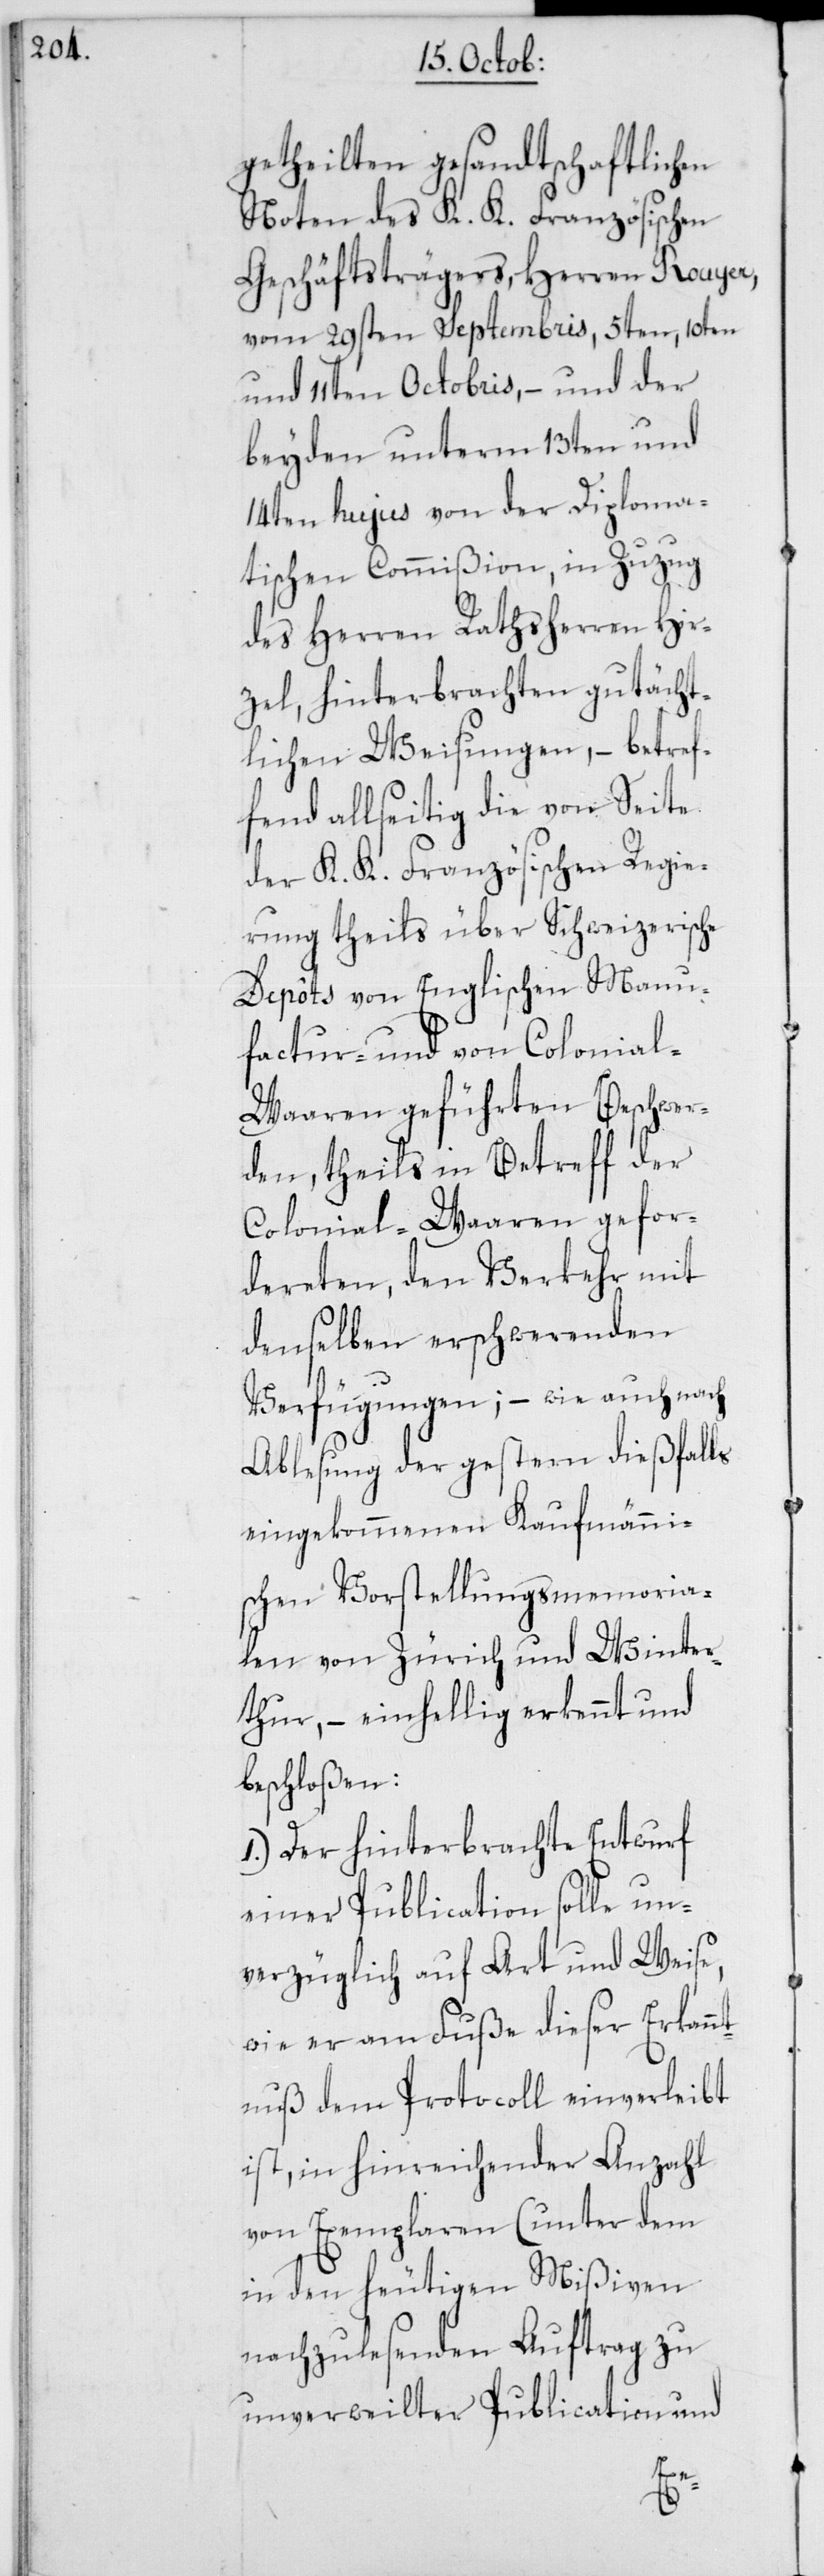
getheilten gesandtschaftlichen
Noten des K. K. Französischen
Geschäftsträgers, Herren Rouyer,
vom 29sten Septembris, 5ten, 10ten
und 11ten Octobris, – und der
beyden unterm 13ten und
14ten hujus von der Diploma¬
tischen Commißion, in Zuzug
des Herren Rathsherren Hir¬
zel, hinterbrachten gutächt¬
lichen Weisungen, – betref¬
fend allseitig die von Seite
der K. K. Französischen Regie¬
rung theils über Schweizerische
Dépôts von Englischen Manu¬
factur- und von Colonia¬
l-Waaren geführten Beschwer¬
den, theils in Betreff der
Colonial-Waaren gefor¬
dereten, den Verkehr mit
denselben erschwerenden
Verfügungen; – wie auch nach
Ablesung der gestern dießfalls
eingekommenen Kaufmänni¬
schen Vorstellungsmemoria¬
len von Zürich und Winter¬
thur, – einhellig erkennt und
beschloßen:
1. Der hinterbrachte Entwurf
einer Publication solle un¬
verzüglich auf Art und Weise,
wie er am Fuße dieser Erkann¬
tnuß dem Protocoll einverleibt
ist, in hinreichender Anzahl
von Exemplaren (unter dem
in den heutigen Mißiven
nachzulesenden Auftrag zu
unverweilter Publication und